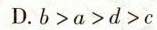
D.b>a>d>c